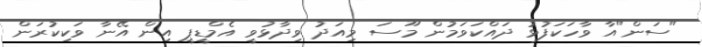
"ސަން"އާ ވާހަކަފުޅު ދައްކަވަމުން މޫސަ މިއަދު ވިދާޅުވީ އެމްޑީޕީ އިން އޭނާ ވަކިކުރަން